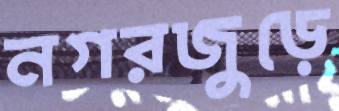
নগরজুড়ে